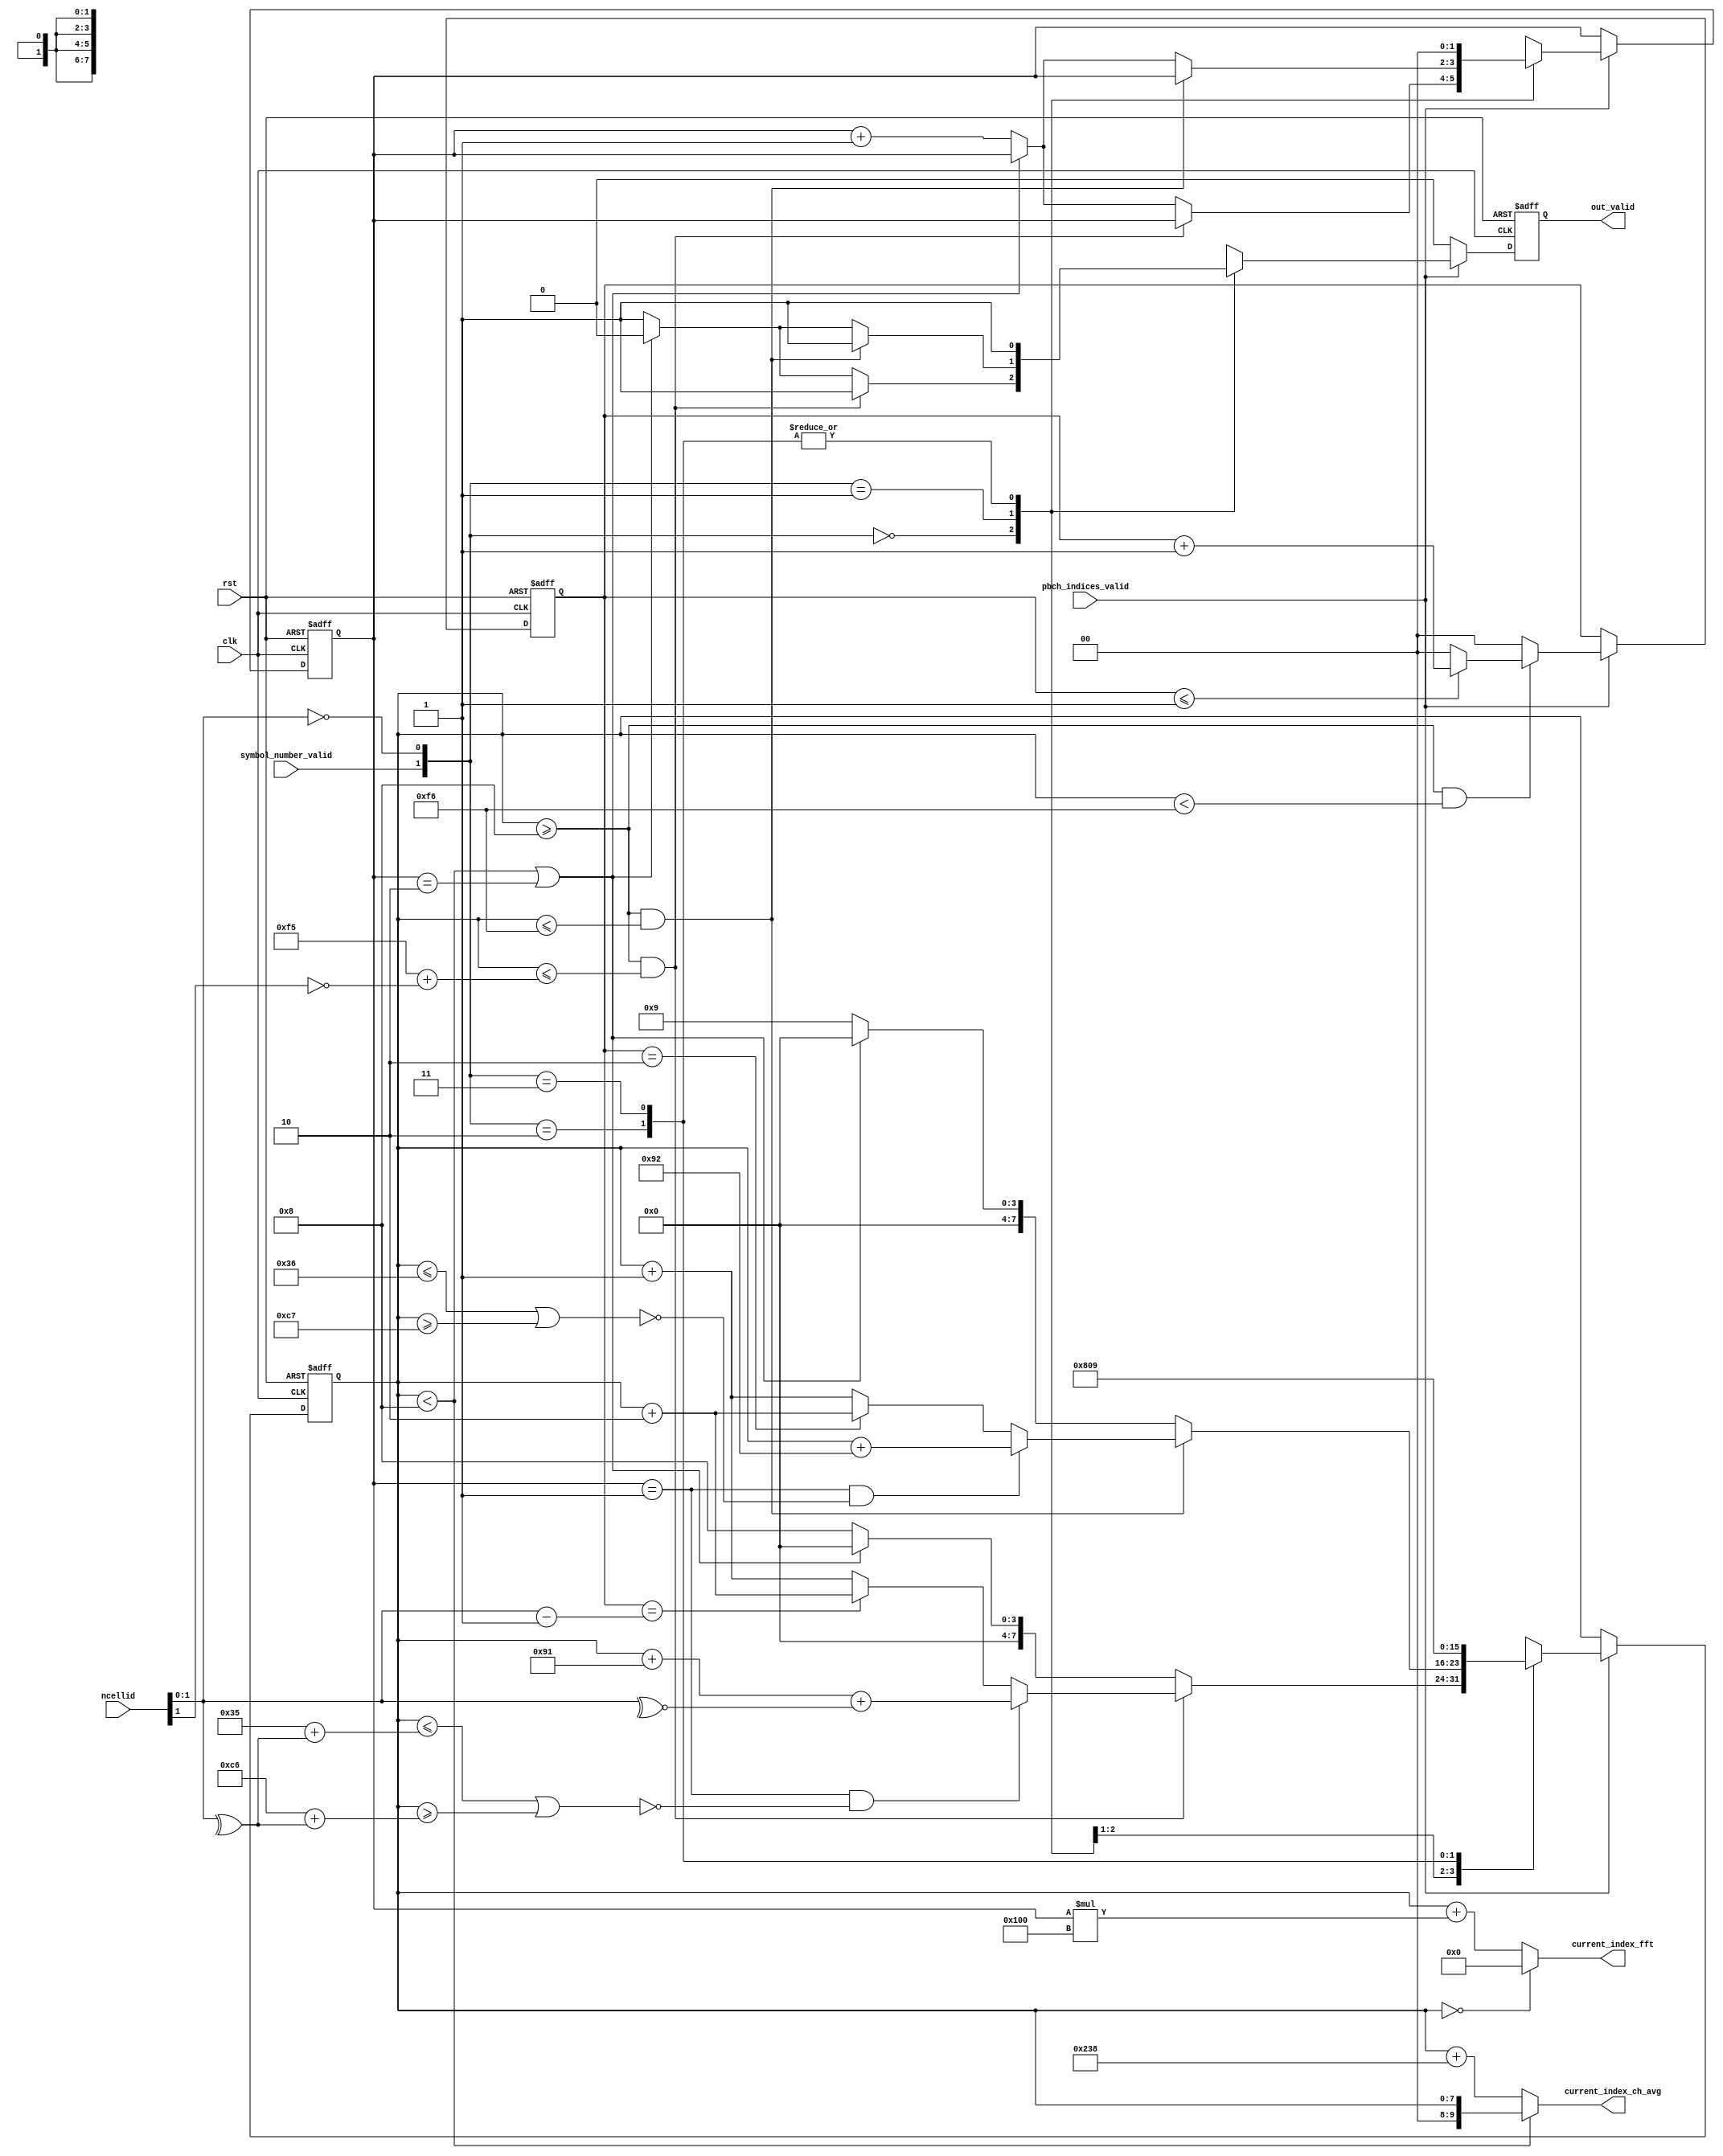
module pbch_indices (
    output  wire    [9:0]                    current_index_fft,
    output  wire    [9:0]                    current_index_ch_avg,
    output  wire                             out_valid,
    input   wire    [9:0]                    ncellid,          
    input   wire                             symbol_number_valid, // PULSE
    input   wire                             pbch_indices_valid,
    input   wire                             clk,
    input   wire                             rst
);

reg [7:0] counter1 , counter1_r ;
reg [1:0] counter2 , counter2_r ;
reg [1:0] symbol_number,symbol_number_r;
reg out_valid_nx, out_valid_r;

always @(posedge clk or negedge rst) begin
    if (!rst) begin
        counter1_r     <= 'd0 ;
        counter2_r     <= 'd0 ;
        out_valid_r    <= 'd0 ;
        symbol_number_r<= 'd0 ;
    end else begin
        counter1_r     <= counter1 ;   
        counter2_r     <= counter2 ;  
        out_valid_r    <= out_valid_nx;
        symbol_number_r<= symbol_number;
    end
end

always @(*) begin
    counter1          = counter1_r ;
    out_valid_nx      = out_valid_r ;
    symbol_number     = symbol_number_r;
    if(pbch_indices_valid)
    begin
        case ( {symbol_number_valid, ncellid[1:0] =='d0} )

        2'b00: begin
            if ( ( counter1_r >='d8 ) && ( counter1_r <= 'd245 + !ncellid[1] ) ) begin
                out_valid_nx='d1;
                if ( (symbol_number_r == 'd1) && ~( (counter1_r <= 'd53 + ^ncellid[1:0])  ||  (counter1_r >= 'd198 + ^ncellid[1:0]) ) ) begin
                    counter1 = counter1_r + 'd145+ ~^ncellid[1:0];
                end else begin
                    if ( counter2_r == ncellid[1:0]-1'b1 ) begin
                        counter1 = counter1_r + 'd2;
                    end else begin
                        counter1 = counter1_r + 'd1;
                    end
                end
            end else begin
                if (counter1_r <'d8 || symbol_number_r == 'd2) begin
                    counter1 = 'd0 ;
                    out_valid_nx='d0;
                end else begin
                  counter1 = 'd8;
                  out_valid_nx='d1;
                  symbol_number=symbol_number_r+'d1;
                end
                
            end
        end

        2'b01: begin
            if ( (counter1_r >='d8) && (counter1_r <='d246) ) begin
                out_valid_nx='d1;
                if ( (symbol_number_r == 'd1) && ~( (counter1_r <= 'd54)  ||  (counter1_r >= 'd199) ) ) begin
                    counter1 = counter1_r + 'd146;
                end else begin
                    if ( counter2_r == 'd2 ) begin
                        counter1 = counter1_r + 'd2;
                    end else begin
                        counter1 = counter1_r + 'd1;
                    end
                end
            end else begin
                if (counter1_r <'d8 || symbol_number_r=='d2) begin
                    counter1 = 'd0 ;
                    out_valid_nx='d0;
                end else begin
                  counter1 = 'd9;
                  out_valid_nx='d1;
                  symbol_number=symbol_number_r+'d1;
                end
            end
        end     

        2'b10: begin
            counter1 = 'd8;
            out_valid_nx = 1'b1;
            symbol_number='d0;
            //counter2 = counter2_r + 'd1;
        end 

        2'b11: begin
            counter1 ='d9;
            out_valid_nx = 1'b1;
            symbol_number='d0;
            //counter2 = counter2_r + 'd1;
        end 

        endcase
    end else begin
      out_valid_nx = 1'b0;
    end
end

always @(*) begin
    counter2 = counter2_r ;
    if(pbch_indices_valid)
    begin
        if ( counter1_r >='d8 && counter1_r <'d246 )begin
            if (counter2_r<=1) begin
                counter2 =counter2_r +1'd1 ;
            end else begin
                counter2 = 'd0 ;
            end   
        end else begin
          counter2 = 'd0 ;
        end
    end
end


assign current_index_fft = (counter1_r == 'd0) ? 'd0 : (counter1_r+symbol_number_r*256) ;
assign current_index_ch_avg = (counter1_r<8 )? counter1_r : counter1_r+'d568;
assign out_valid    = out_valid_r;

    
endmodule



//force -freeze sim:/pbch_indices/symbol_number_valid 0 0
//force -freeze sim:/pbch_indices/symbol_number_valid 1 200
//force -freeze sim:/pbch_indices/symbol_number_valid 0 300
//noforce sim:/pbch_indices/clk
//force -freeze sim:/pbch_indices/clk 1 0, 0 {50 ps} -r 100
//force -freeze sim:/pbch_indices/rst 1 0
//force -freeze sim:/pbch_indices/rst 0 20
//force -freeze sim:/pbch_indices/rst 1 40
//force -freeze sim:/pbch_indices/ncellid 'd4 0